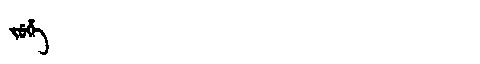
Manchu: ᠵᡠᡥᡝ
Romanization: JUHE